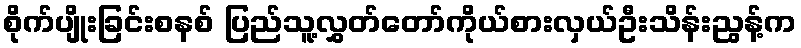
စိုက်ပျိုးခြင်းစနစ် ပြည်သူ့လွှတ်တော်ကိုယ်စားလှယ်ဦးသိန်းညွန့်က